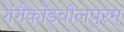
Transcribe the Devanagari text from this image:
गंगैकोंडचोलपुरम्